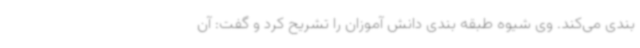
بندی می‌کند. وی شیوه طبقه بندی دانش آموزان را تشریح کرد و گفت: آن